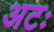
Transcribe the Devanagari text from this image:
अटः